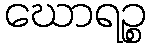
ဃောရဉ္စ